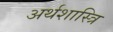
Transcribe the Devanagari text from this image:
अर्थशास्त्रि